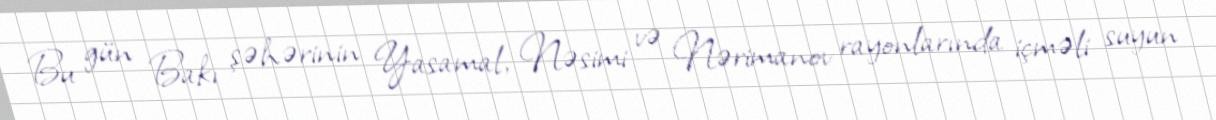
Bu gün Bakı şəhərinin Yasamal, Nəsimi və Nərimanov rayonlarında içməli suyun